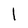
Character: 1